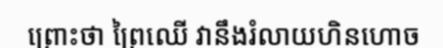
ព្រោះថា ព្រៃឈើ វានឹងរំលាយហិនហោច